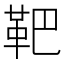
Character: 靶